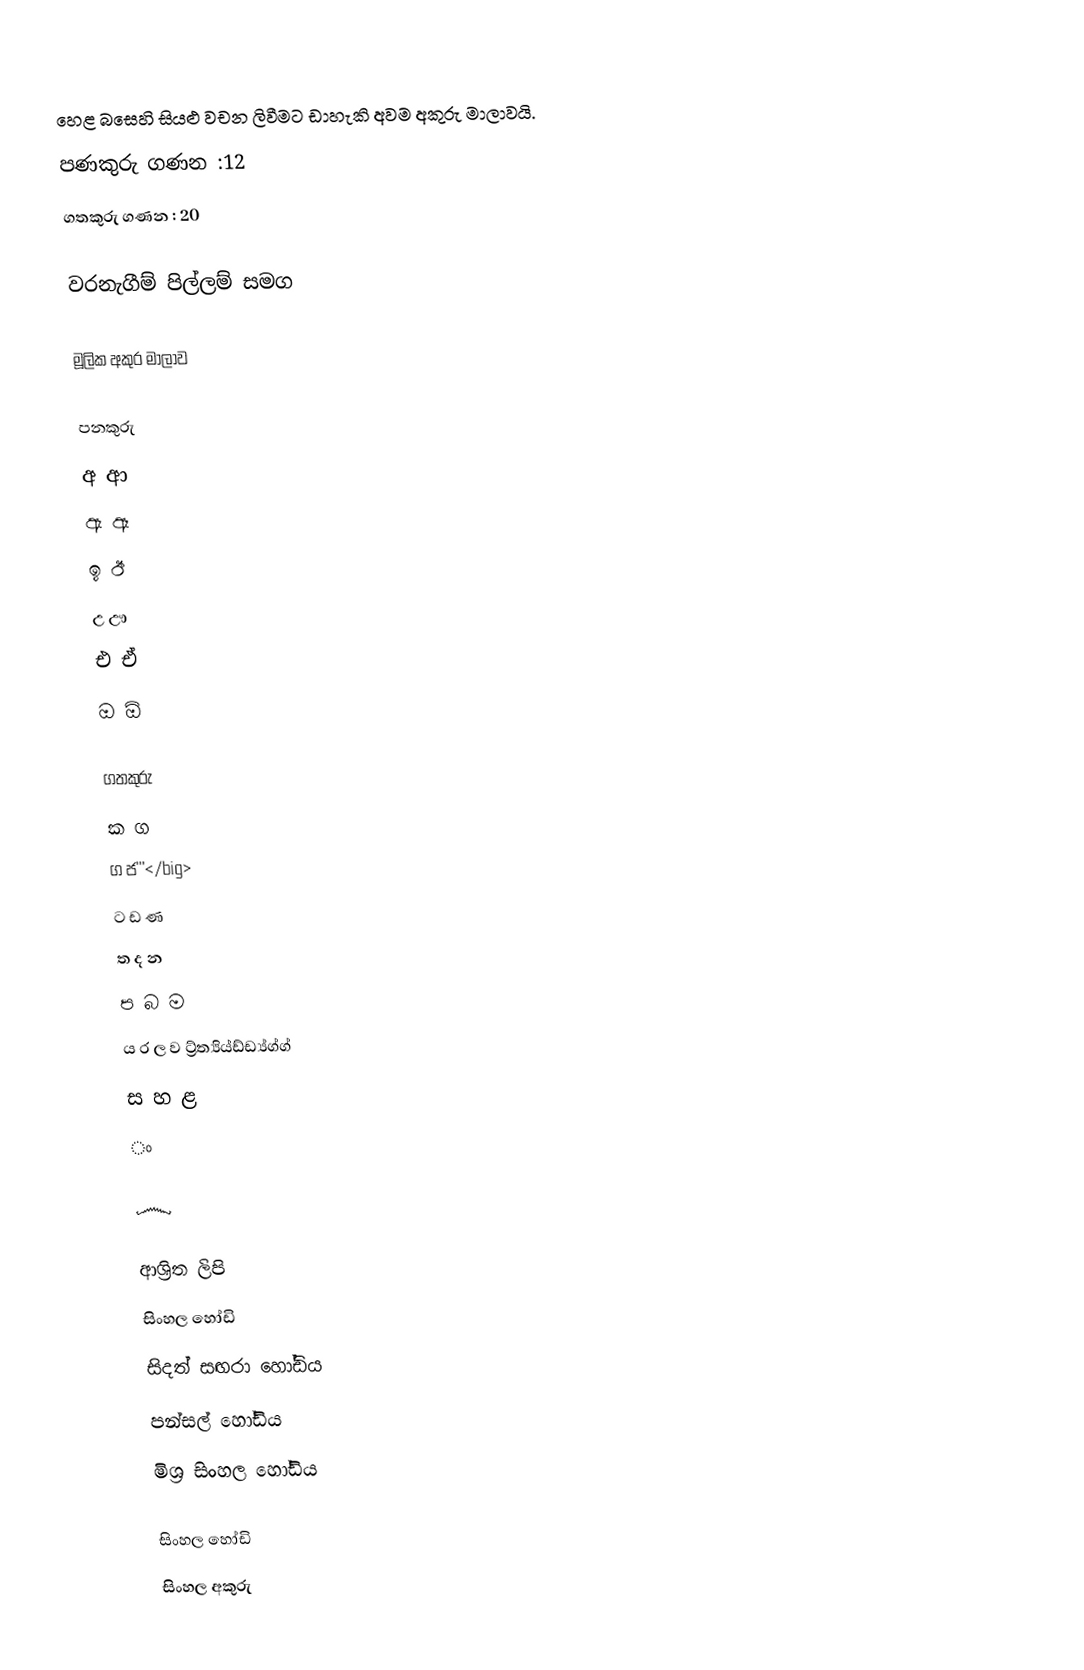
හෙළ බසෙහි සියළු වචන ලිවීමට ඩාහැකි අවම අකුරු මාලාවයි.
පණකුරු ගණන :12
ගතකුරු ගණන : 20

වරනැගීම් පිල්ලම් සමග

මූලික අකුර මාලාව

පනකුරු
අ ආ
ඇ ඈ
ඉ ඊ
උ ඌ
එ ඒ
ඔ ඕ

ගතකුරු
ක ග
 ග ජ'''</big>
ට ඩ ණ
ත ද න
ප බ ම
ය ර ල ව ට්‍ර්ත්‍යිය්ඩ්ඩ්‍ය්ග්ග්
ස හ ළ
ං

෴

ආශ්‍රිත ලිපි
 සිංහල හෝඩි
 සිදත් සඟරා හෝඩිය
 පන්සල් හෝඩිය
 මිශ්‍ර සිංහල හෝඩිය

සිංහල හෝඩි
සිංහල අකුරු